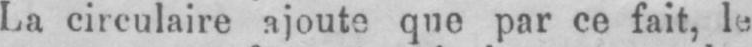
La circulaire ajoute que par ce fait, le